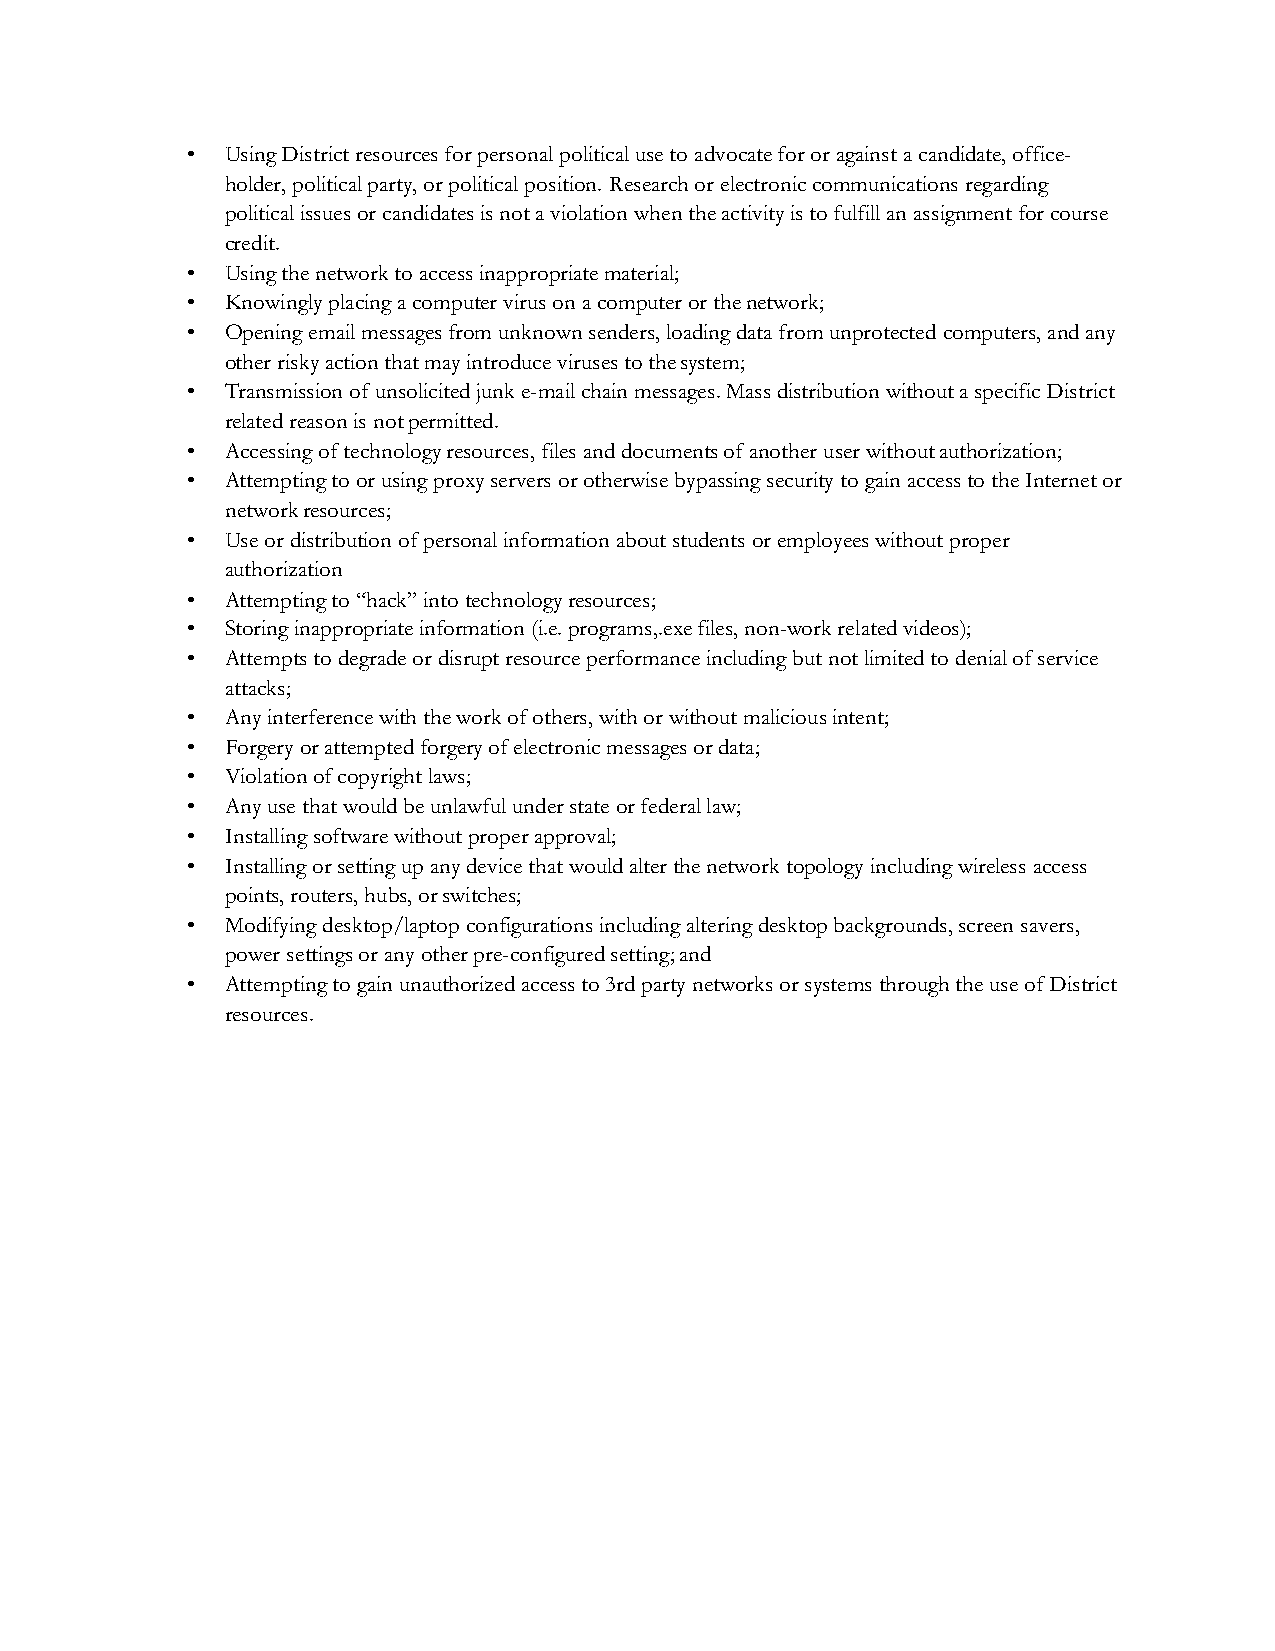
•  Using District resources for personal political use to advocate for or against a candidate, office-
 holder, political party, or political position. Research or electronic communications regarding
 political issues or candidates is not a violation when the activity is to fulfill an assignment for course
 credit.
 •  Using the network to access inappropriate material;
 •  Knowingly placing a computer virus on a computer or the network;
 •  Opening email messages from unknown senders, loading data from unprotected computers, and any
 other risky action that may introduce viruses to the system;
 •  Transmission of unsolicited junk e-mail chain messages. Mass distribution without a specific District
 related reason is not permitted.
 •  Accessing of technology resources, files and documents of another user without authorization;
 •  Attempting to or using proxy servers or otherwise bypassing security to gain access to the Internet or
 network resources;
 •  Use or distribution of personal information about students or employees without proper
 authorization
 •  Attempting to “hack” into technology resources;
 •  Storing inappropriate information (i.e. programs,.exe files, non-work related videos);
 •  Attempts to degrade or disrupt resource performance including but not limited to denial of service
 attacks;
 •  Any interference with the work of others, with or without malicious intent;
 •  Forgery or attempted forgery of electronic messages or data;
 •  Violation of copyright laws;
 •  Any use that would be unlawful under state or federal law;
 •  Installing software without proper approval;
 •  Installing or setting up any device that would alter the network topology including wireless access
 points, routers, hubs, or switches;
 •  Modifying desktop/laptop configurations including altering desktop backgrounds, screen savers,
 power settings or any other pre-configured setting; and
 •  Attempting to gain unauthorized access to 3rd party networks or systems through the use of District
 resources.